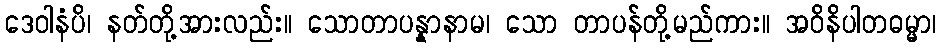
ဒေဝါနံပိ၊ နတ်တို့အားလည်း။ သောတာပန္နာနာမ၊ သော တာပန်တို့မည်ကား။ အဝိနိပါတဓမ္မာ၊